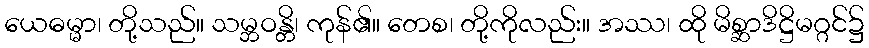
ယေဓမ္မာ၊ တို့သည်။ သမ္ဘဝန္တိ၊ ကုန်၏။ တေစ၊ တို့ကိုလည်း။ အဿ၊ ထို မိစ္ဆာဒိဋ္ဌိမဂ္ဂင်၌